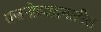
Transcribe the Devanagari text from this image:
प्रजनोत्पादनातील